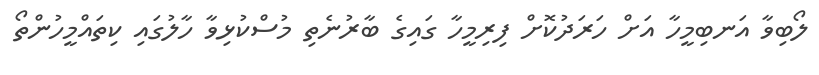
ލޯބިވާ އަނބިމީހާ އަށް ހަރަދުކޮށް ފިރިމީހާ ގައިގެ ބާރުނެތި މުސްކުޅިވާ ހާލުގައި ކިތައްމީހުންތޯ